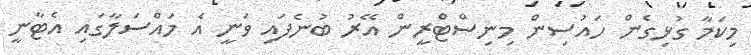
މިކަމާ ގުޅިގެން ހައުސިން މިނިސްޓްރީން އޭރު ބުނެފައި ވަނީ އެ މައްސަލާގައި އެޓާނީ